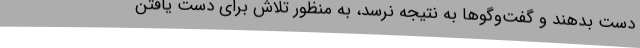
دست بدهند و گفت‌وگوها به نتیجه نرسد، به منظور تلاش برای دست یافتن